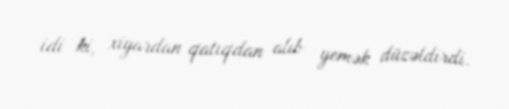
idi ki, xiyardan qatıqdan alıb yemək düzəldirdi.